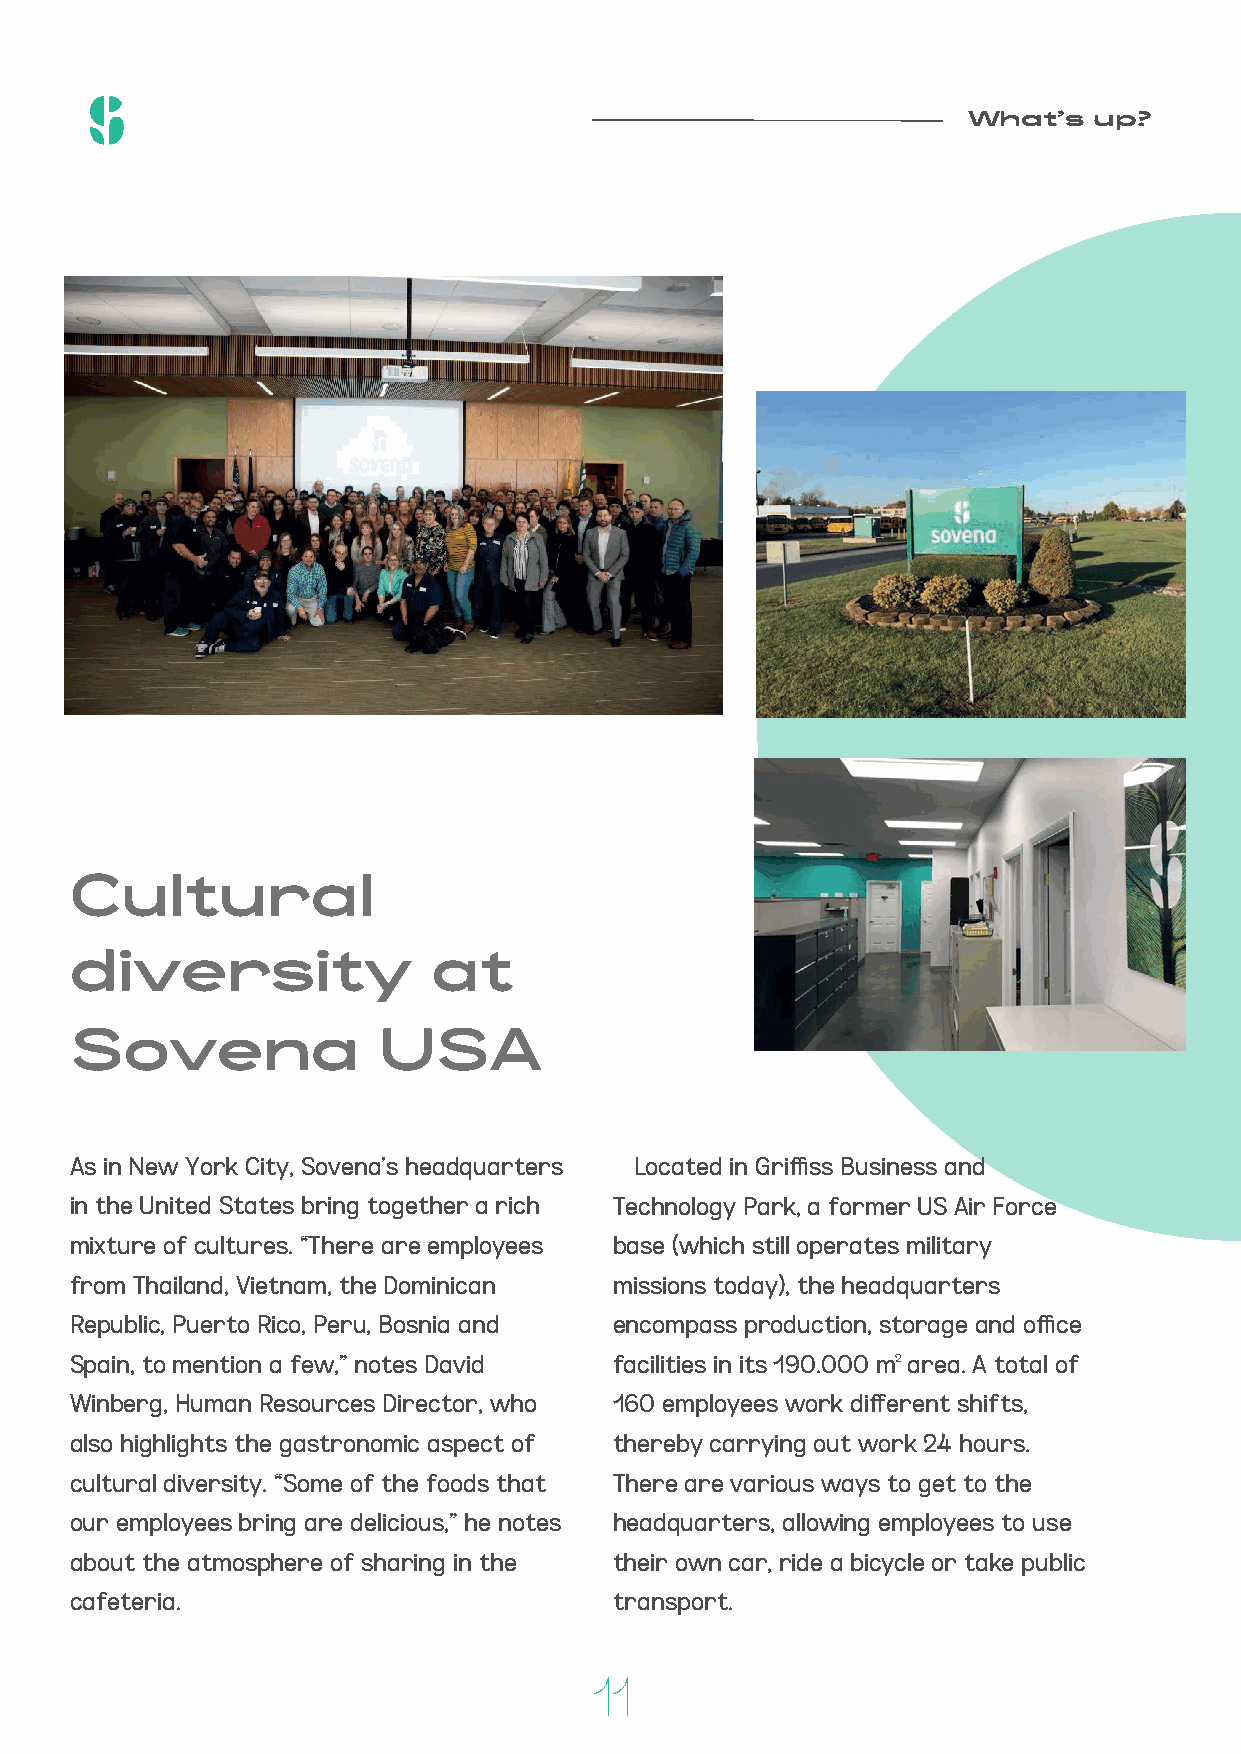
What's  up?
 Cultural
 diversity               at
 Sovena              USA
 As in New York City, Sovena’s headquarters Located in Griffiss Business and
 in the United States bring together a rich Technology Park, a former US Air Force
 mixture of cultures. “There are employees base (which still operates military
 from Thailand, Vietnam, the Dominican missions today), the headquarters
 Republic, Puerto Rico, Peru, Bosnia and encompass production, storage and office
 Spain, to mention a few,” notes David facilities in its 190.000 m2 area. A total of
 Winberg, Human Resources Director, who 160 employees work different shifts,
 also highlights the gastronomic aspect of thereby carrying out work 24 hours.
 cultural diversity. “Some of the foods that There are various ways to get to the
 our employees bring are delicious,” he notes headquarters, allowing employees to use
 about the atmosphere of sharing in the their own car, ride a bicycle or take public
 cafeteria.                          transport.
 11